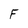
Character: F